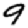
Digit: 9